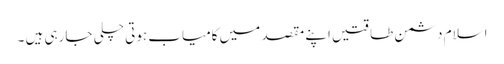
اسلام دشمن طاقتیں اپنے مقصد میں کامیاب ہوتی چلی جارہی ہیں ۔